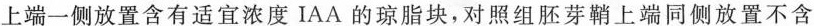
上端一侧放置含有适宜浓度IAA的琼脂块，对照组胚芽鞘上端同侧放置不含